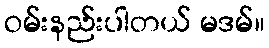
ဝမ်းနည်းပါတယ် မဒမ်။